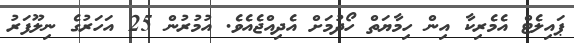
ޕައިލެޓް އެމެރިކާ އިން ހިމާޔަތް ހޯދުމަށް އެދިއްޖެއެވެ. އުމުރުން 25 އަހަރުގެ ނިލޫފަރު